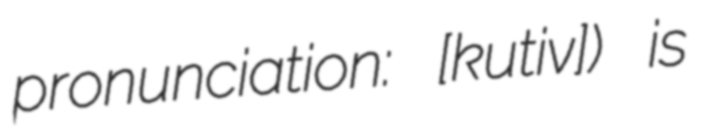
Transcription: pronunciation: ​[kuʁtivʁɔ̃]) is